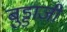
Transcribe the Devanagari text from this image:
बुड्डाजी